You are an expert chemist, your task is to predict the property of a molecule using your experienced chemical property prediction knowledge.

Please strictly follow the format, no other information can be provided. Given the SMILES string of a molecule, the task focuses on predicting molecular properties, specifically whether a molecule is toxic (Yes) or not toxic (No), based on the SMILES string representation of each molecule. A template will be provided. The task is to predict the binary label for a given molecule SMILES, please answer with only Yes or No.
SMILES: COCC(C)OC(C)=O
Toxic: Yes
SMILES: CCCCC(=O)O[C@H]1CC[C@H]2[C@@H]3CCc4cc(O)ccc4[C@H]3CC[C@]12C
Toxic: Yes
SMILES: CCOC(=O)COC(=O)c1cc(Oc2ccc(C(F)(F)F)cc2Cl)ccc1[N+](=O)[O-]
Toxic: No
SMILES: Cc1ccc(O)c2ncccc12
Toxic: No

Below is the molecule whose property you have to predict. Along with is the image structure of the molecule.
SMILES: O=C(Oc1ccccc1C(=O)O)c1ccccc1O
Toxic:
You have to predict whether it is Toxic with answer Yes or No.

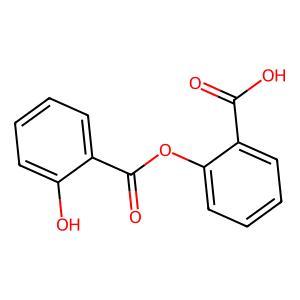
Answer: No